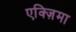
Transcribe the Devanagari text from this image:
एक्ज़िमा